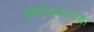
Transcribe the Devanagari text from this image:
मुंबईसकटच्या